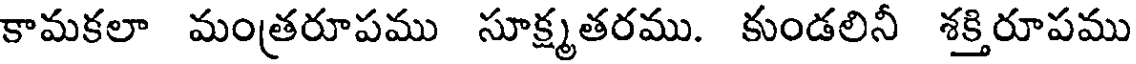
కామకలా మంత్రరూపము సూక్ష్మతరము. కుండలినీ శక్తిరూపము